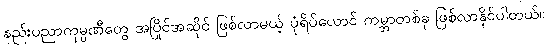
နည်းပညာကုမ္ပဏီတွေ အပြိုင်အဆိုင် ဖြစ်လာမယ့် ပုံရိပ်ယောင် ကမ္ဘာတစ်ခု ဖြစ်လာနိုင်ပါတယ်။